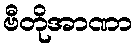
ဗီတိုအာဏာ